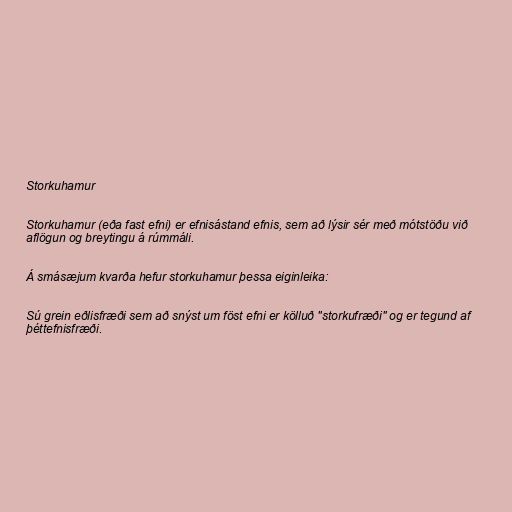
Storkuhamur

Storkuhamur (eða fast efni) er efnisástand efnis, sem að lýsir sér með mótstöðu við
aflögun og breytingu á rúmmáli.

Á smásæjum kvarða hefur storkuhamur þessa eiginleika:

Sú grein eðlisfræði sem að snýst um föst efni er kölluð "storkufræði" og er tegund af
þéttefnisfræði.